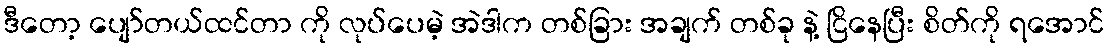
ဒီတော့ ပျော်တယ်ထင်တာ ကို လုပ်ပေမဲ့ အဲဒါက တစ်ခြား အချက် တစ်ခု နဲ့ ငြိနေပြီး စိတ်ကို ရအောင်